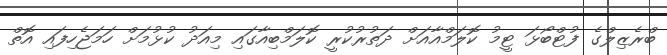
ބްރެޒިލްގެ ފުޓްބޯޅަ ޓީމު ކޮލަމްއާއަށް ދަތުރުކުރީ ކޮލަމްބިއާގައި މިއަދު ކުޅުމަށް ހަމަޖެހިފައި އޮތް